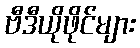
ဗီဒီယိုဖိုင်များ